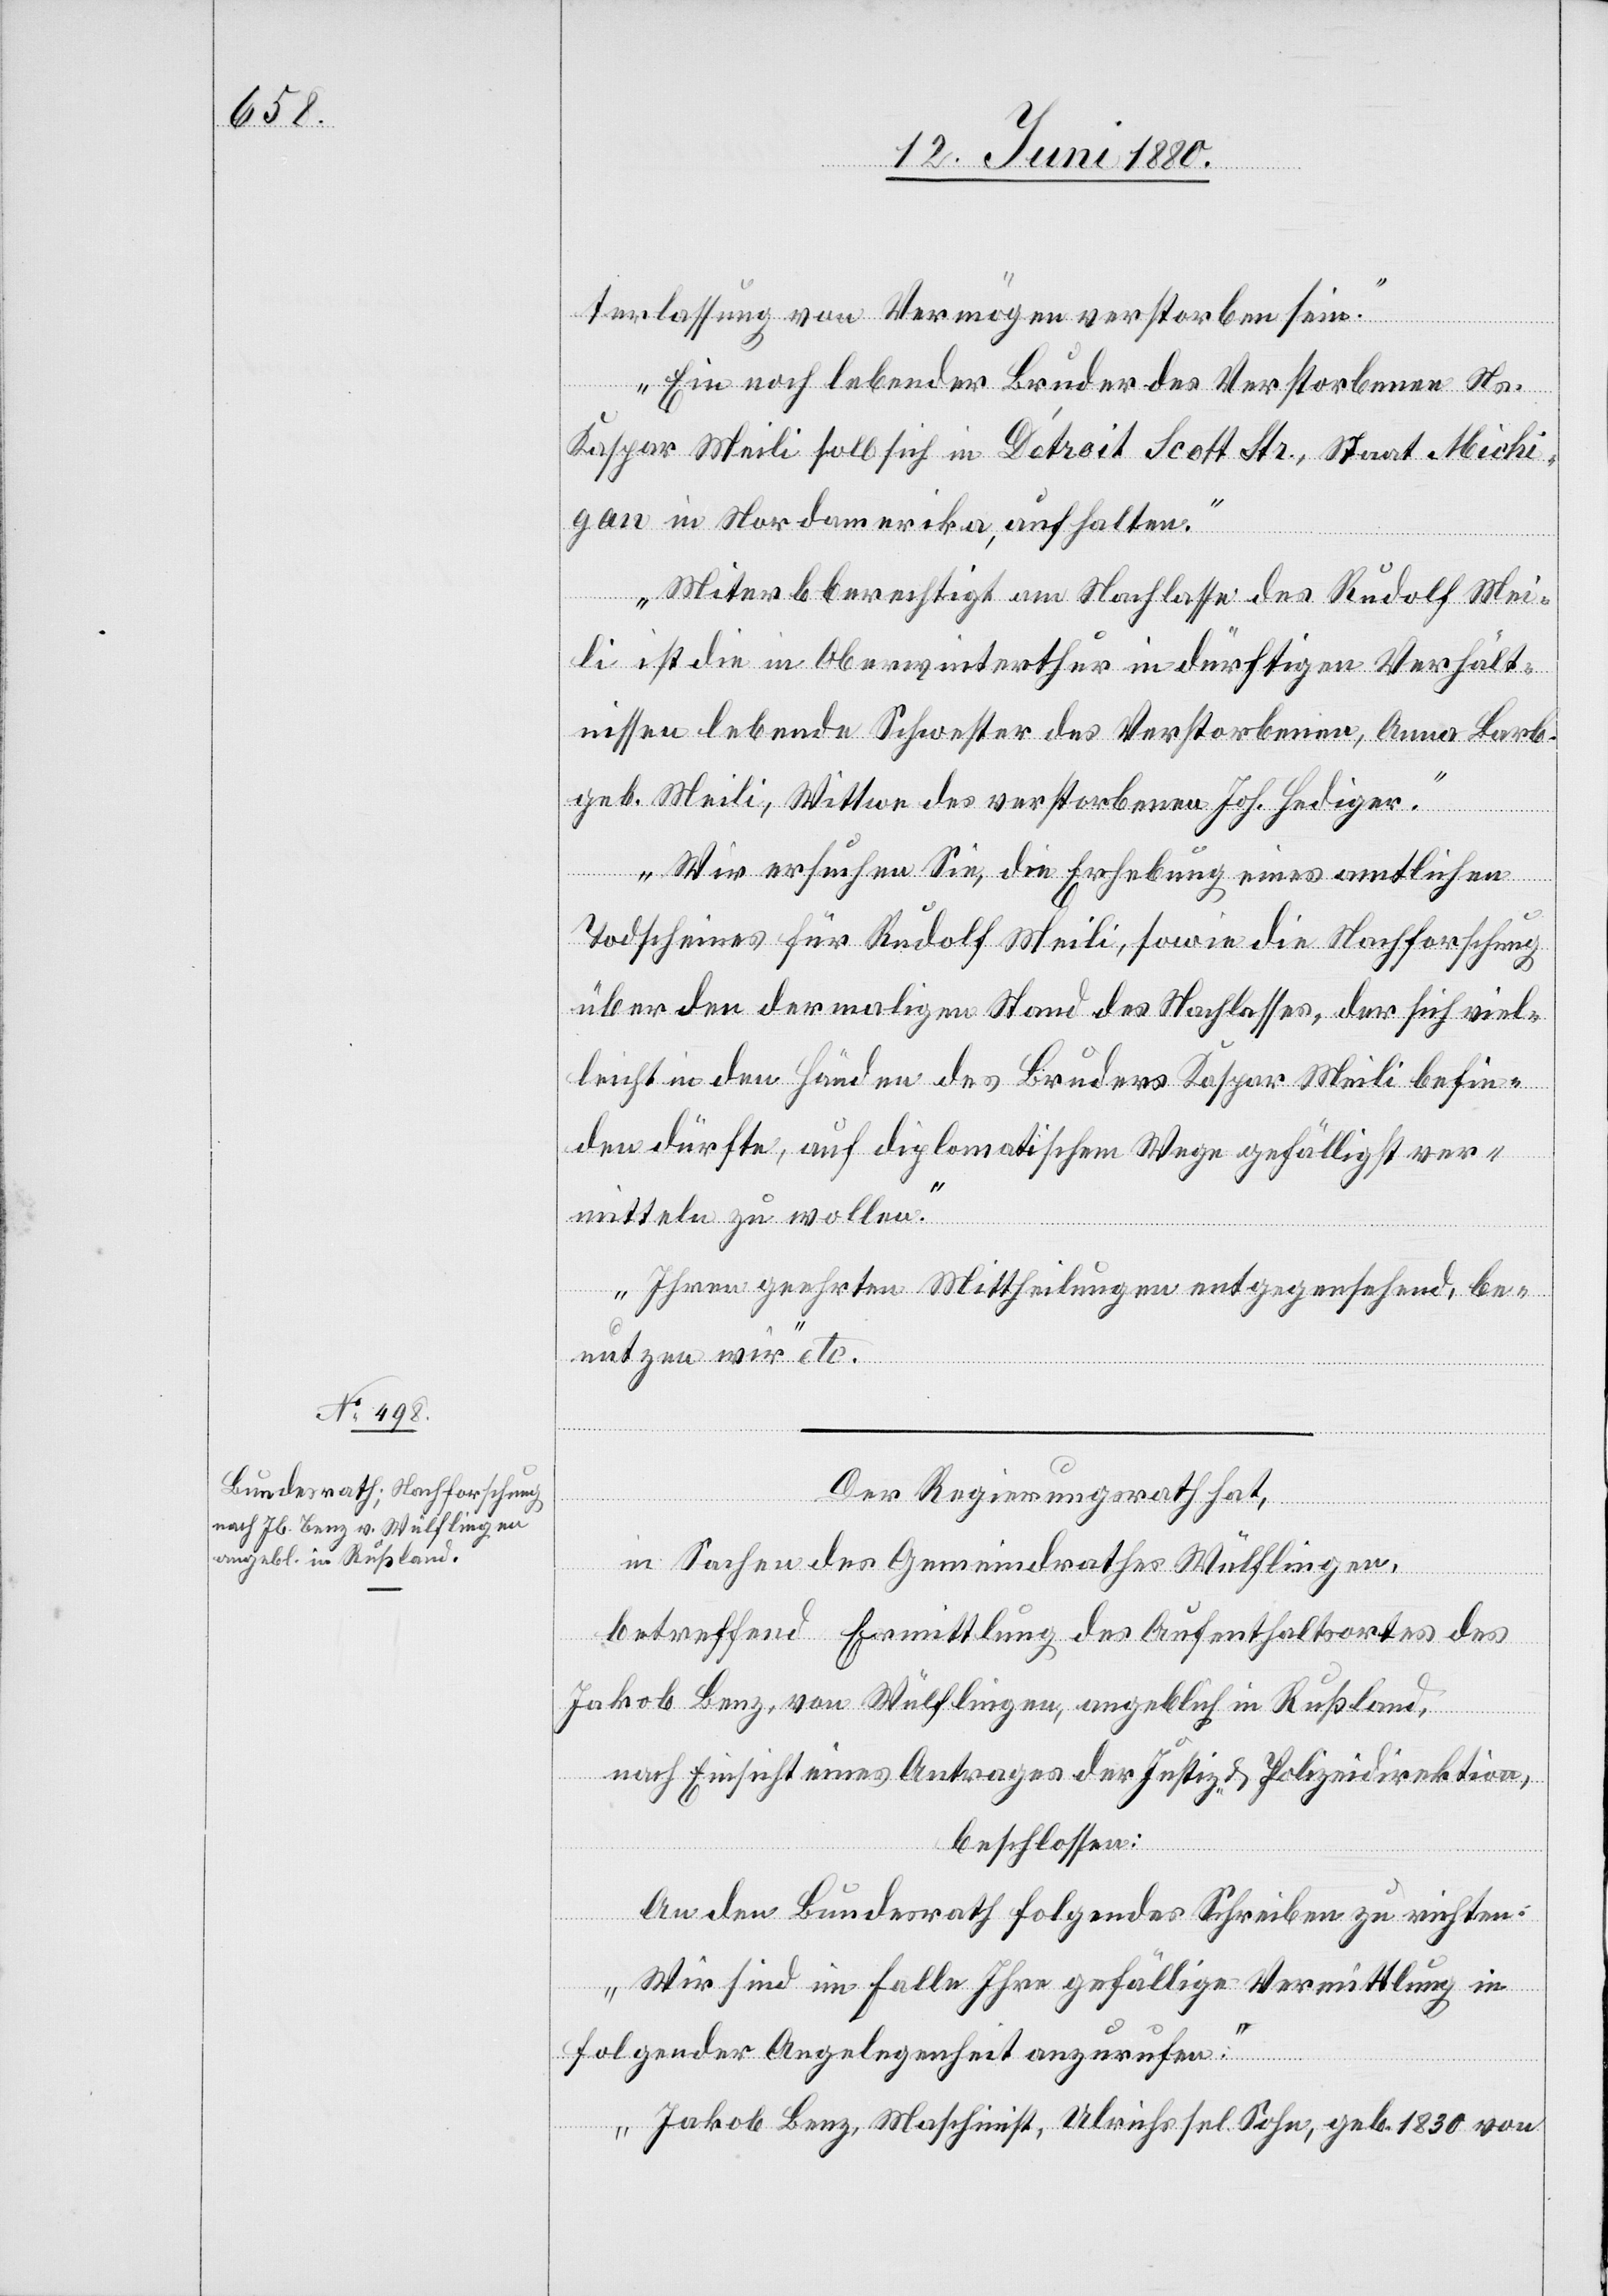
terlassung von Vermögen vestorben sein.
Ein noch lebender Bruder des Verstorbenen Ns.
Kaspar Meili soll sich in Détroit Scott Str., Staats Michi¬
gan in Nordamerika, aufhalten.
Miterbberechtigt am Nachlasse des Rudolf Mei¬
li ist die in Oberwinterthur in dürftigen Verhält¬
nissen lebende Schwester des Verstorbenen, Anna Barb.
geb. Meili, Wittwe des verstorbenen Joh. Hediger.
Wir ersuchen Sie, die Erhebung eines amtlichen
Todscheines für Rudolf Meili, sowie die Nachforschung
über den dermaligen Stand des Nachlasses, der sich viel¬
leicht in den Händen des Bruders Kaspar Meili befin¬
den dürfte, auf diplomatischem Wege gefälligst ver¬
mitteln zu wollen.
Ihren geehrten Mittheilungen entgegensehend, be¬
nutzen wir“ etc.
Der Regierungsrath hat,
in Sachen des Gemeindrathes Wülflingen,
betreffend Ermittlung des Aufenthaltsortes des
Jakob Benz, von Wülflingen, angeblich in Rußland,
nach Einsicht eines Antrages der Justiz- & Polizeidirektion,
beschlossen:
An den Bundesrath folgendes Schreiben zu richten:
„Wir sind im Falle Ihre gefällige Vermittlung in
folgender Angelegenheit anzurufen:
Jakob Benz, Maschinist, Ulrich sel. Sohn, geb. 1830 von